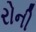
રોની